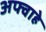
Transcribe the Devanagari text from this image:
अफ्वाहे